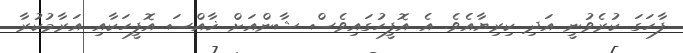
ފާހަގަ ކުރެވުނީ އަދި ކިރިޔާއެވެ. އެ އޮފީހުގައިވެސް ޝާންއަށް ޚާއްސަ އޮފީހަކާއި އަރާމުކުރާ